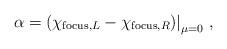
LaTeX: \begin{align*}\alpha = \left( \chi_{{\rm focus},L} - \chi_{{\rm focus},R} \middle) \right|_{\mu = 0} \,,\end{align*}